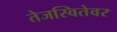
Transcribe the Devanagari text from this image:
तेजस्वितेवर